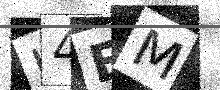
Text: H4EM